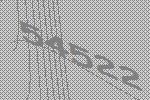
54522